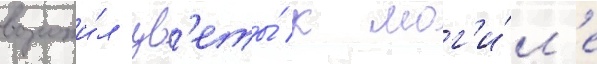
возложи́л цв'еты́ к мог'и́л'е